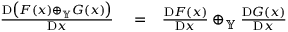
\begin{array} { r l r } { \frac { \mathrm { D } \big ( F ( x ) \oplus _ { \mathbb { Y } } G ( x ) \big ) } { \mathrm { D } x } } & { { } = } & { \frac { \mathrm { D } F ( x ) } { \mathrm { D } x } \oplus _ { \mathbb { Y } } \frac { \mathrm { D } G ( x ) } { \mathrm { D } x } } \end{array}